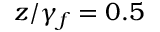
z / \gamma _ { f } = 0 . 5